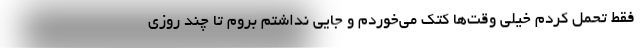
فقط تحمل کردم خیلی وقت‌ها کتک می‌خوردم و جایی نداشتم بروم تا چند روزی